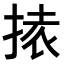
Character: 𭡉